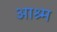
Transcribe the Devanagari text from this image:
आश्र्म